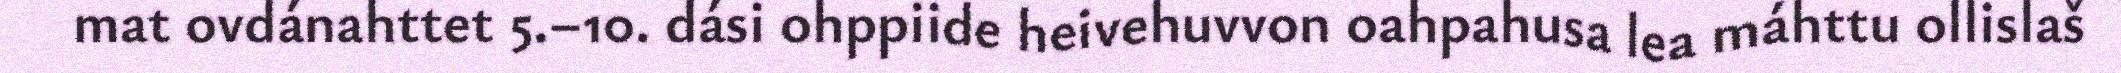
mat ovdánahttet 5.–10. dási ohppiide heivehuvvon oahpahusa lea máhttu ollislaš